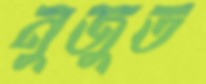
নুজুত